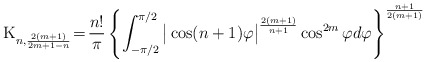
\begin{align*} {\rm K}_{n, {2(m+1)\over 2m+1-n} }\!=\!{n! \over \pi}\left \{ \int_{-\pi/2}^{\pi/2}\big |\cos (n+1)\varphi \big |^{2(m+1) \over n+1} \cos^{2m}\varphi d\varphi \right \} ^{n+1 \over 2(m+1)}\end{align*}